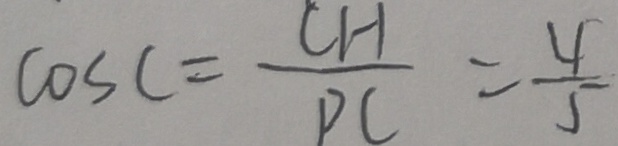
\cos C = \frac { C H } { P C } = \frac { 4 } { 5 }